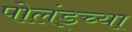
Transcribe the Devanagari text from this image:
पोलंड्च्या